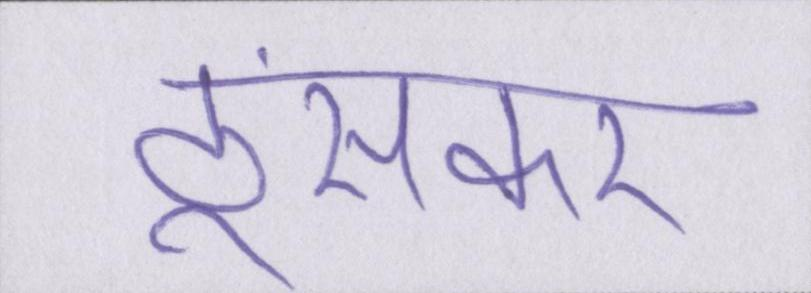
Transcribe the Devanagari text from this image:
ठूंसकर